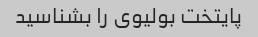
پایتخت بولیوی را بشناسید